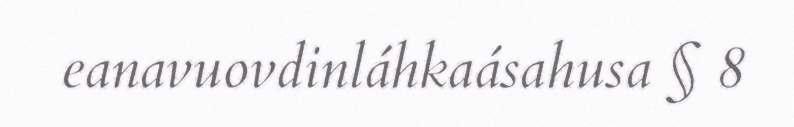
eanavuovdinláhkaásahusa § 8